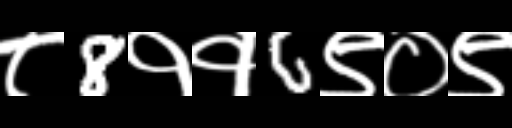
Text: ८8११6९०९